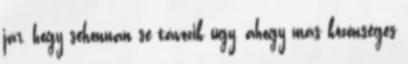
jár, hogy sehonnan se távozik úgy, ahogy más közönséges